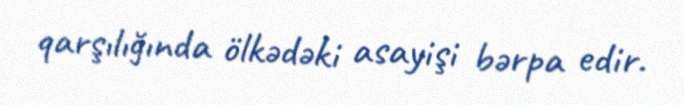
qarşılığında ölkədəki asayişi bərpa edir.